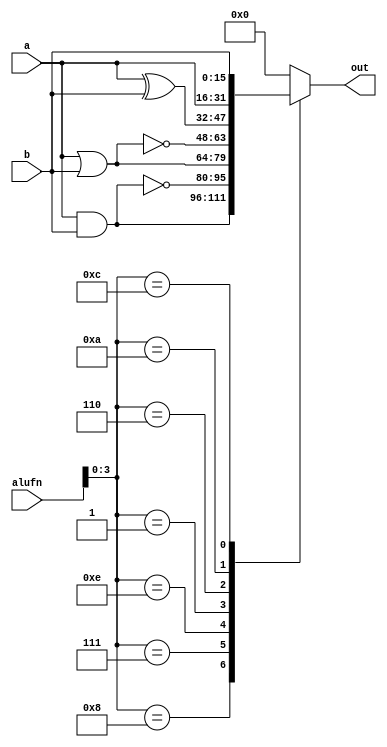
module boolean_2 (
    input [15:0] a,
    input [15:0] b,
    input [5:0] alufn,
    output reg [15:0] out
  );
  
  
  
  always @* begin
    
    case (alufn[0+3-:4])
      4'h8: begin
        out = a & b;
      end
      4'h7: begin
        out = ~(a & b);
      end
      4'he: begin
        out = a | b;
      end
      4'h1: begin
        out = ~(a | b);
      end
      4'h6: begin
        out = a ^ b;
      end
      4'ha: begin
        out = a;
      end
      4'hc: begin
        out = b;
      end
      default: begin
        out = 1'h0;
      end
    endcase
  end
endmodule